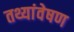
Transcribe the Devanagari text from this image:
तथ्यांवेषण